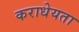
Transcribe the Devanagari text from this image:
कराधेयता